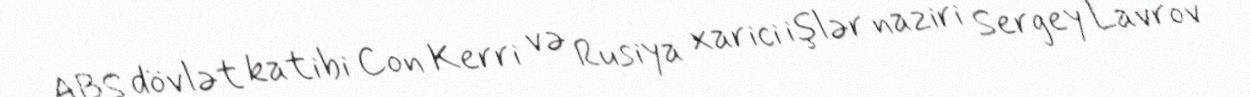
ABŞ dövlət katibi Con Kerri və Rusiya xarici işlər naziri Sergey Lavrov